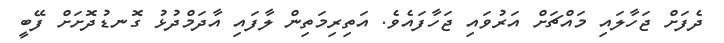
ދެފަށް ޖަހާލައި މައްޗަށް އަރުވައި ޖަހާފައެވެ. އަތިރިމަތިން ލާފައި އާދަމްދުޅު ގޮނޑުދޮށަށް ފޭބީ